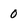
Character: 0